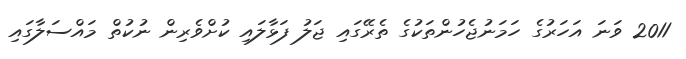
2011 ވަނަ އަހަރުގެ ހަމަނުޖެހުންތަކުގެ ތެރޭގައި ޖަލު ފަޅާލައި ކުށްވެރިން ނުކުތް މައްސަލާގައި